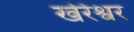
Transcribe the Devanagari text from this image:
खेरेश्वर